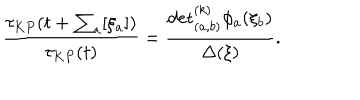
LaTeX: \frac { \tau _ { K P } ( t + \sum _ { a } [ \xi _ { a } ] ) } { \tau _ { K P } ( t ) } = \frac { { \det } _ { ( a , b ) } ^ { ( k ) } \phi _ { a } ( \xi _ { b } ) } { \Delta ( \xi ) } .